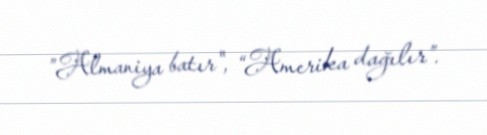
”Almaniya batır", “Amerika dağılır”.